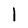
Character: l